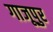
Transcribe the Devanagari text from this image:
गाजूपुर